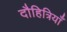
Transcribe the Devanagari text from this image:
दौहित्रियाँ